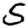
Digit: 5